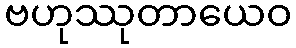
ဗဟုဿုတာယေဝ